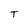
Character: T